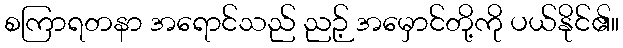
စကြာရတနာ အရောင်သည် ညဉ့် အမှောင်တို့ကို ပယ်နိုင်၏။